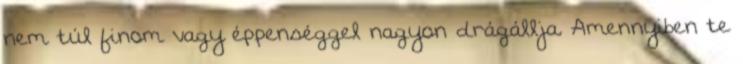
nem túl finom vagy éppenséggel nagyon drágállja. Amennyiben te